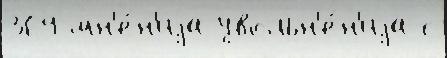
369 мн'е́н'иjа увольн'е́н'иjа с